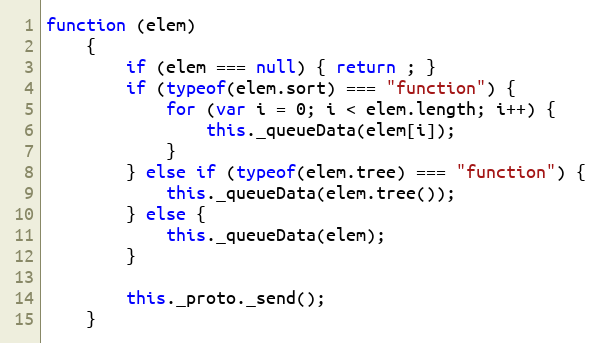
Language: JavaScript
function (elem)
    {
        if (elem === null) { return ; }
        if (typeof(elem.sort) === "function") {
            for (var i = 0; i < elem.length; i++) {
                this._queueData(elem[i]);
            }
        } else if (typeof(elem.tree) === "function") {
            this._queueData(elem.tree());
        } else {
            this._queueData(elem);
        }

        this._proto._send();
    }